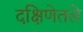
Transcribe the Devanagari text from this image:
दक्षिणेतले